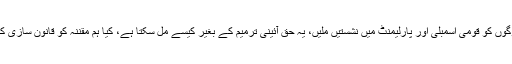
چیف جسٹس نے پوچھا کہ کیا آپ چاہتے ہیں گلگت بلتستان کے لوگوں کو قومی اسمبلی اور پارلیمنٹ میں نشستیں ملیں، یہ حق آئینی ترمیم کے بغیر کیسے مل سکتا ہے، کیا ہم مقننہ کو قانون سازی کا کہہ سکتے ہیں، حکومت تو قانون سازی کرنے کیلئے تیار ہے ۔